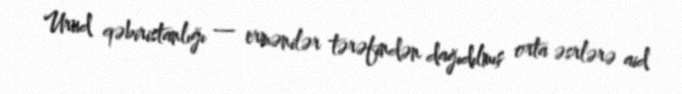
Urud qəbiristanlığı — ermənilər tərəfindən dağıdılmış orta əsrlərə aid